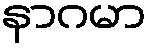
နာဂမာ